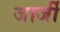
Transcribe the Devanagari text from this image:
जार्जी